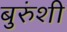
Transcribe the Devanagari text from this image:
बुरुंशी